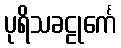
ပုရိသခဠုင်္ကေ